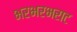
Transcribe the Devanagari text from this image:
भरभरभराट